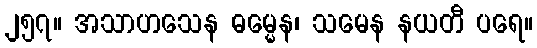
၂၅၇။ အသာဟသေန ဓမ္မေန၊ သမေန နယတီ ပရေ။